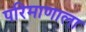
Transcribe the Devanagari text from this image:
परिमाणाला